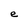
Character: e